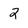
Character: 2